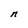
Character: n